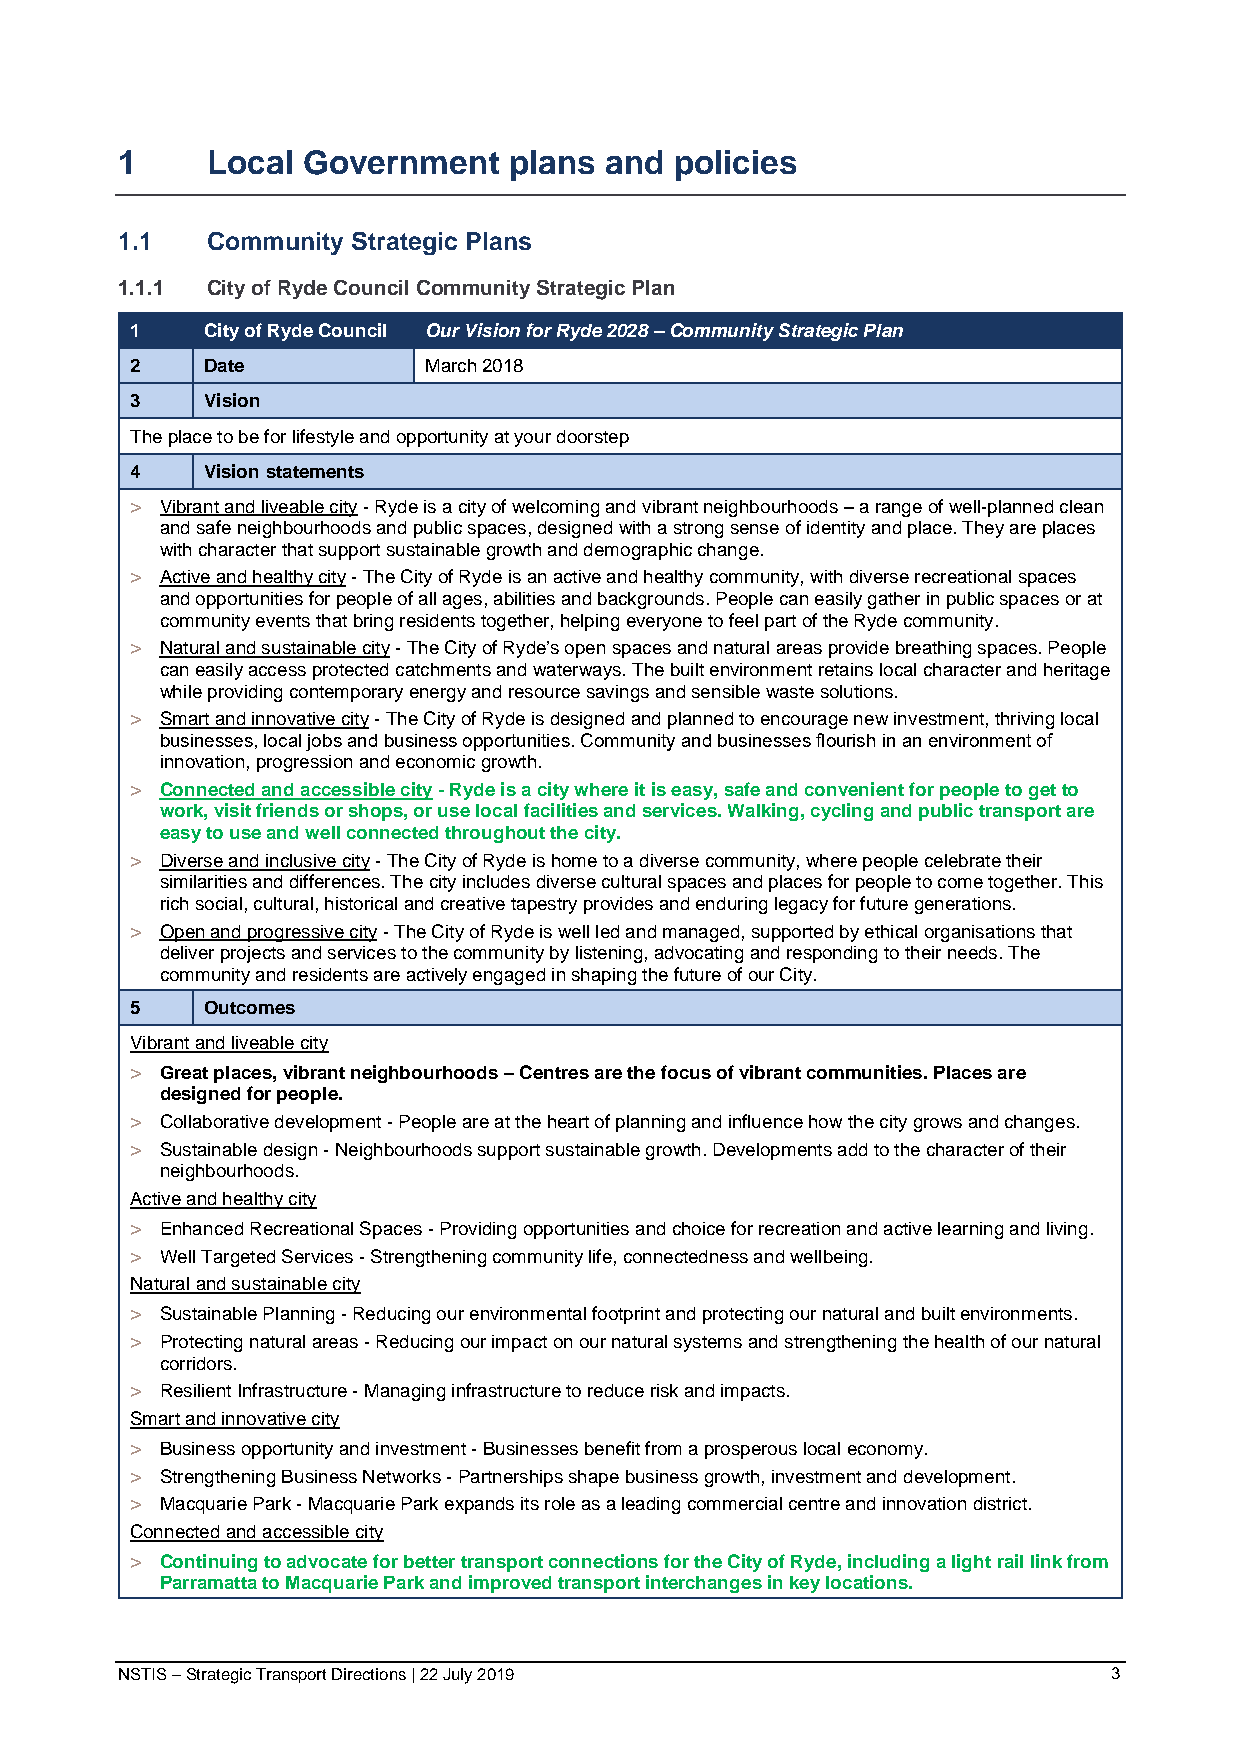
1     Local Government    plans and  policies
 1.1   Community Strategic Plans
 1.1.1 City of Ryde Council Community Strategic Plan
 1   City of Ryde Council Our Vision for Ryde 2028 – Community Strategic Plan
 2   Date           March 2018
 3   Vision
 The place to be for lifestyle and opportunity at your doorstep
 4   Vision statements
 > Vibrant and liveable city - Ryde is a city of welcoming and vibrant neighbourhoods – a range of well-planned clean
 and safe neighbourhoods and public spaces, designed with a strong sense of identity and place. They are places
 with character that support sustainable growth and demographic change.
 > Active and healthy city - The City of Ryde is an active and healthy community, with diverse recreational spaces
 and opportunities for people of all ages, abilities and backgrounds. People can easily gather in public spaces or at
 community events that bring residents together, helping everyone to feel part of the Ryde community.
 > Natural and sustainable city - The City of Ryde’s open spaces and natural areas provide breathing spaces. People
 can easily access protected catchments and waterways. The built environment retains local character and heritage
 while providing contemporary energy and resource savings and sensible waste solutions.
 > Smart and innovative city - The City of Ryde is designed and planned to encourage new investment, thriving local
 businesses, local jobs and business opportunities. Community and businesses flourish in an environment of
 innovation, progression and economic growth.
 > Connected and accessible city - Ryde is a city where it is easy, safe and convenient for people to get to
 work, visit friends or shops, or use local facilities and services. Walking, cycling and public transport are
 easy to use and well connected throughout the city.
 > Diverse and inclusive city - The City of Ryde is home to a diverse community, where people celebrate their
 similarities and differences. The city includes diverse cultural spaces and places for people to come together. This
 rich social, cultural, historical and creative tapestry provides and enduring legacy for future generations.
 > Open and progressive city - The City of Ryde is well led and managed, supported by ethical organisations that
 deliver projects and services to the community by listening, advocating and responding to their needs. The
 community and residents are actively engaged in shaping the future of our City.
 5   Outcomes
 Vibrant and liveable city
 > Great places, vibrant neighbourhoods – Centres are the focus of vibrant communities. Places are
 designed for people.
 > Collaborative development - People are at the heart of planning and influence how the city grows and changes.
 > Sustainable design - Neighbourhoods support sustainable growth. Developments add to the character of their
 neighbourhoods.
 Active and healthy city
 > Enhanced Recreational Spaces - Providing opportunities and choice for recreation and active learning and living.
 > Well Targeted Services - Strengthening community life, connectedness and wellbeing.
 Natural and sustainable city
 > Sustainable Planning - Reducing our environmental footprint and protecting our natural and built environments.
 > Protecting natural areas - Reducing our impact on our natural systems and strengthening the health of our natural
 corridors.
 > Resilient Infrastructure - Managing infrastructure to reduce risk and impacts.
 Smart and innovative city
 > Business opportunity and investment - Businesses benefit from a prosperous local economy.
 > Strengthening Business Networks - Partnerships shape business growth, investment and development.
 > Macquarie Park - Macquarie Park expands its role as a leading commercial centre and innovation district.
 Connected and accessible city
 > Continuing to advocate for better transport connections for the City of Ryde, including a light rail link from
 Parramatta to Macquarie Park and improved transport interchanges in key locations.
 NSTIS – Strategic Transport Directions | 22 July 2019             3